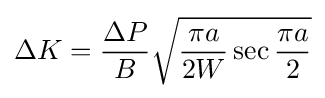
\Delta K={\frac {\Delta P}{B}}{\sqrt {{\frac {\pi a}{2W}}\sec {\frac {\pi a}{2}}}}